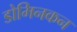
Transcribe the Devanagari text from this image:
डोमिनकन